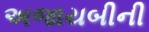
અજાયબીની